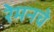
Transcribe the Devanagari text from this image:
रेमनचे